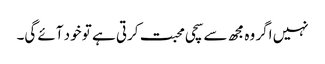
نہیں اگر وہ مجھ سے سچی محبت کرتی ہے تو خود آئے گی۔